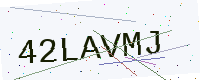
Text: 42LAVMJ